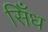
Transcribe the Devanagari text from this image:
सिँध